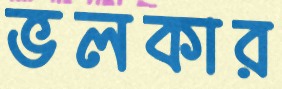
ভলকার